Investigations on Bengal jail dietaries - Number 37
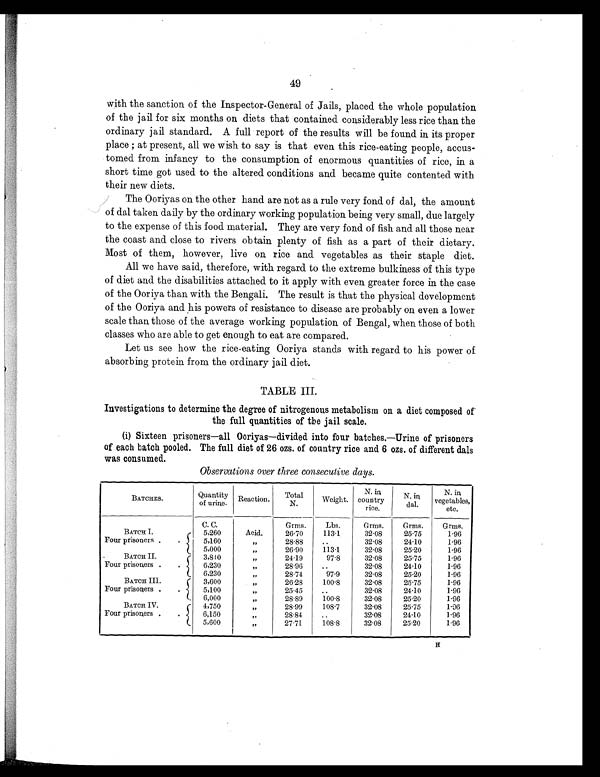
49
with the sanction of the Inspector-General of Jails, placed the whole population
of the jail for six months on diets that contained considerably less rice than the
ordinary jail standard. A full report of the results will be found in its proper
place ; at present, all we wish to say is that even this rice-eating people, accus-
tomed from infancy to the consumption of enormous quantities of rice, in a
short time got used to the altered conditions and became quite contented with
their new diets.
The Ooriyas on the other hand are not as a rule very fond of dal, the amount
of dal taken daily by the ordinary working population being very small, due largely
to the expense of this food material. They are very fond of fish and all those near
the coast and close to rivers obtain plenty of fish as a part of their dietary.
Most of them, however, live on rice and vegetables as their staple diet.
All we have said, therefore, with regard to the extreme bulkiness of this type
of diet and the disabilities attached to it apply with even greater force in the case
of the Ooriya than with the Bengali. The result is that the physical development
of the Ooriya and his powers of resistance to disease are probably on even a lower
scale than those of the average working population of Bengal, when those of both
classes who are able to get enough to eat are compared.
Let us see how the rice-eating Ooriya stands with regard to his power of
absorbing protein from the ordinary jail diet.
TABLE III.
Investigations to determine the degree of nitrogenous metabolism on a diet composed of
the full quantities of the jail scale.
(i) Sixteen prisoners—all Ooriyas—divided into four batches.—Urine of prisoners
of each batch pooled. The full diet of 26 ozs. of country rice and 6 ozs. of different dals
was consumed.
Observations over three consecutive days.
BATCHES.
Quantity
of urine.
Reaction.
Total
N.
Weight.
N. in
country
rice.
N. in
dal.
N . i n
vegetables,
etc.
C. C.
Grms.
Lbs.
Grms.
Grms.
Grms.
BATCH I.
Four prisoners .
.
5,260
Acid.
26.70
113.1
32.08
25.75
1.96
5,160
„
28.88
..
32.08
24.10
1.96
5,000
„
26.90
113.1
32.08
25.20
1.96
BATCH II.
Four prisoners .
.
3,840
„
24.19
97.8
32.08
25.75
1.96
6,230
„
28.96
..
32.08
24.10
1.96
6,230
„
28.74
97.9
32.08
25.20
1.96
BATCH III.
Four prisoners .
.
3,600
„26.28
100.8
32.08
25.75
1.96
5,100
„
25.45
..
32.08
24.10
1.96
6,000
„28.89
100.8
32.08
25.20
1.96
BATCH IV.
Four prisoners .
.
4,750
„
28.99
108.7
32.08
25.75
1 . 9 6
6,150
„
28.84
..
32.08
24.10
1.96
5,600
„27.71
108.8
32.08
25.20
1.96